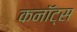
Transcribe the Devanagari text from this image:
कनॉट्स